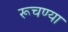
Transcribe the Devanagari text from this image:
रूचण्या